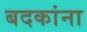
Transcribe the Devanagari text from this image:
बदकांना